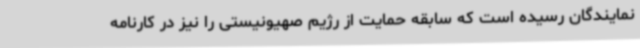
نمایندگان رسیده است که سابقه حمایت از رژیم صهیونیستی را نیز در کارنامه